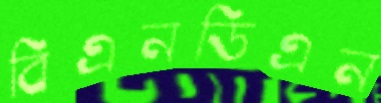
বিএনডিএন